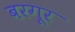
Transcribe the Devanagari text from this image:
बरगूर